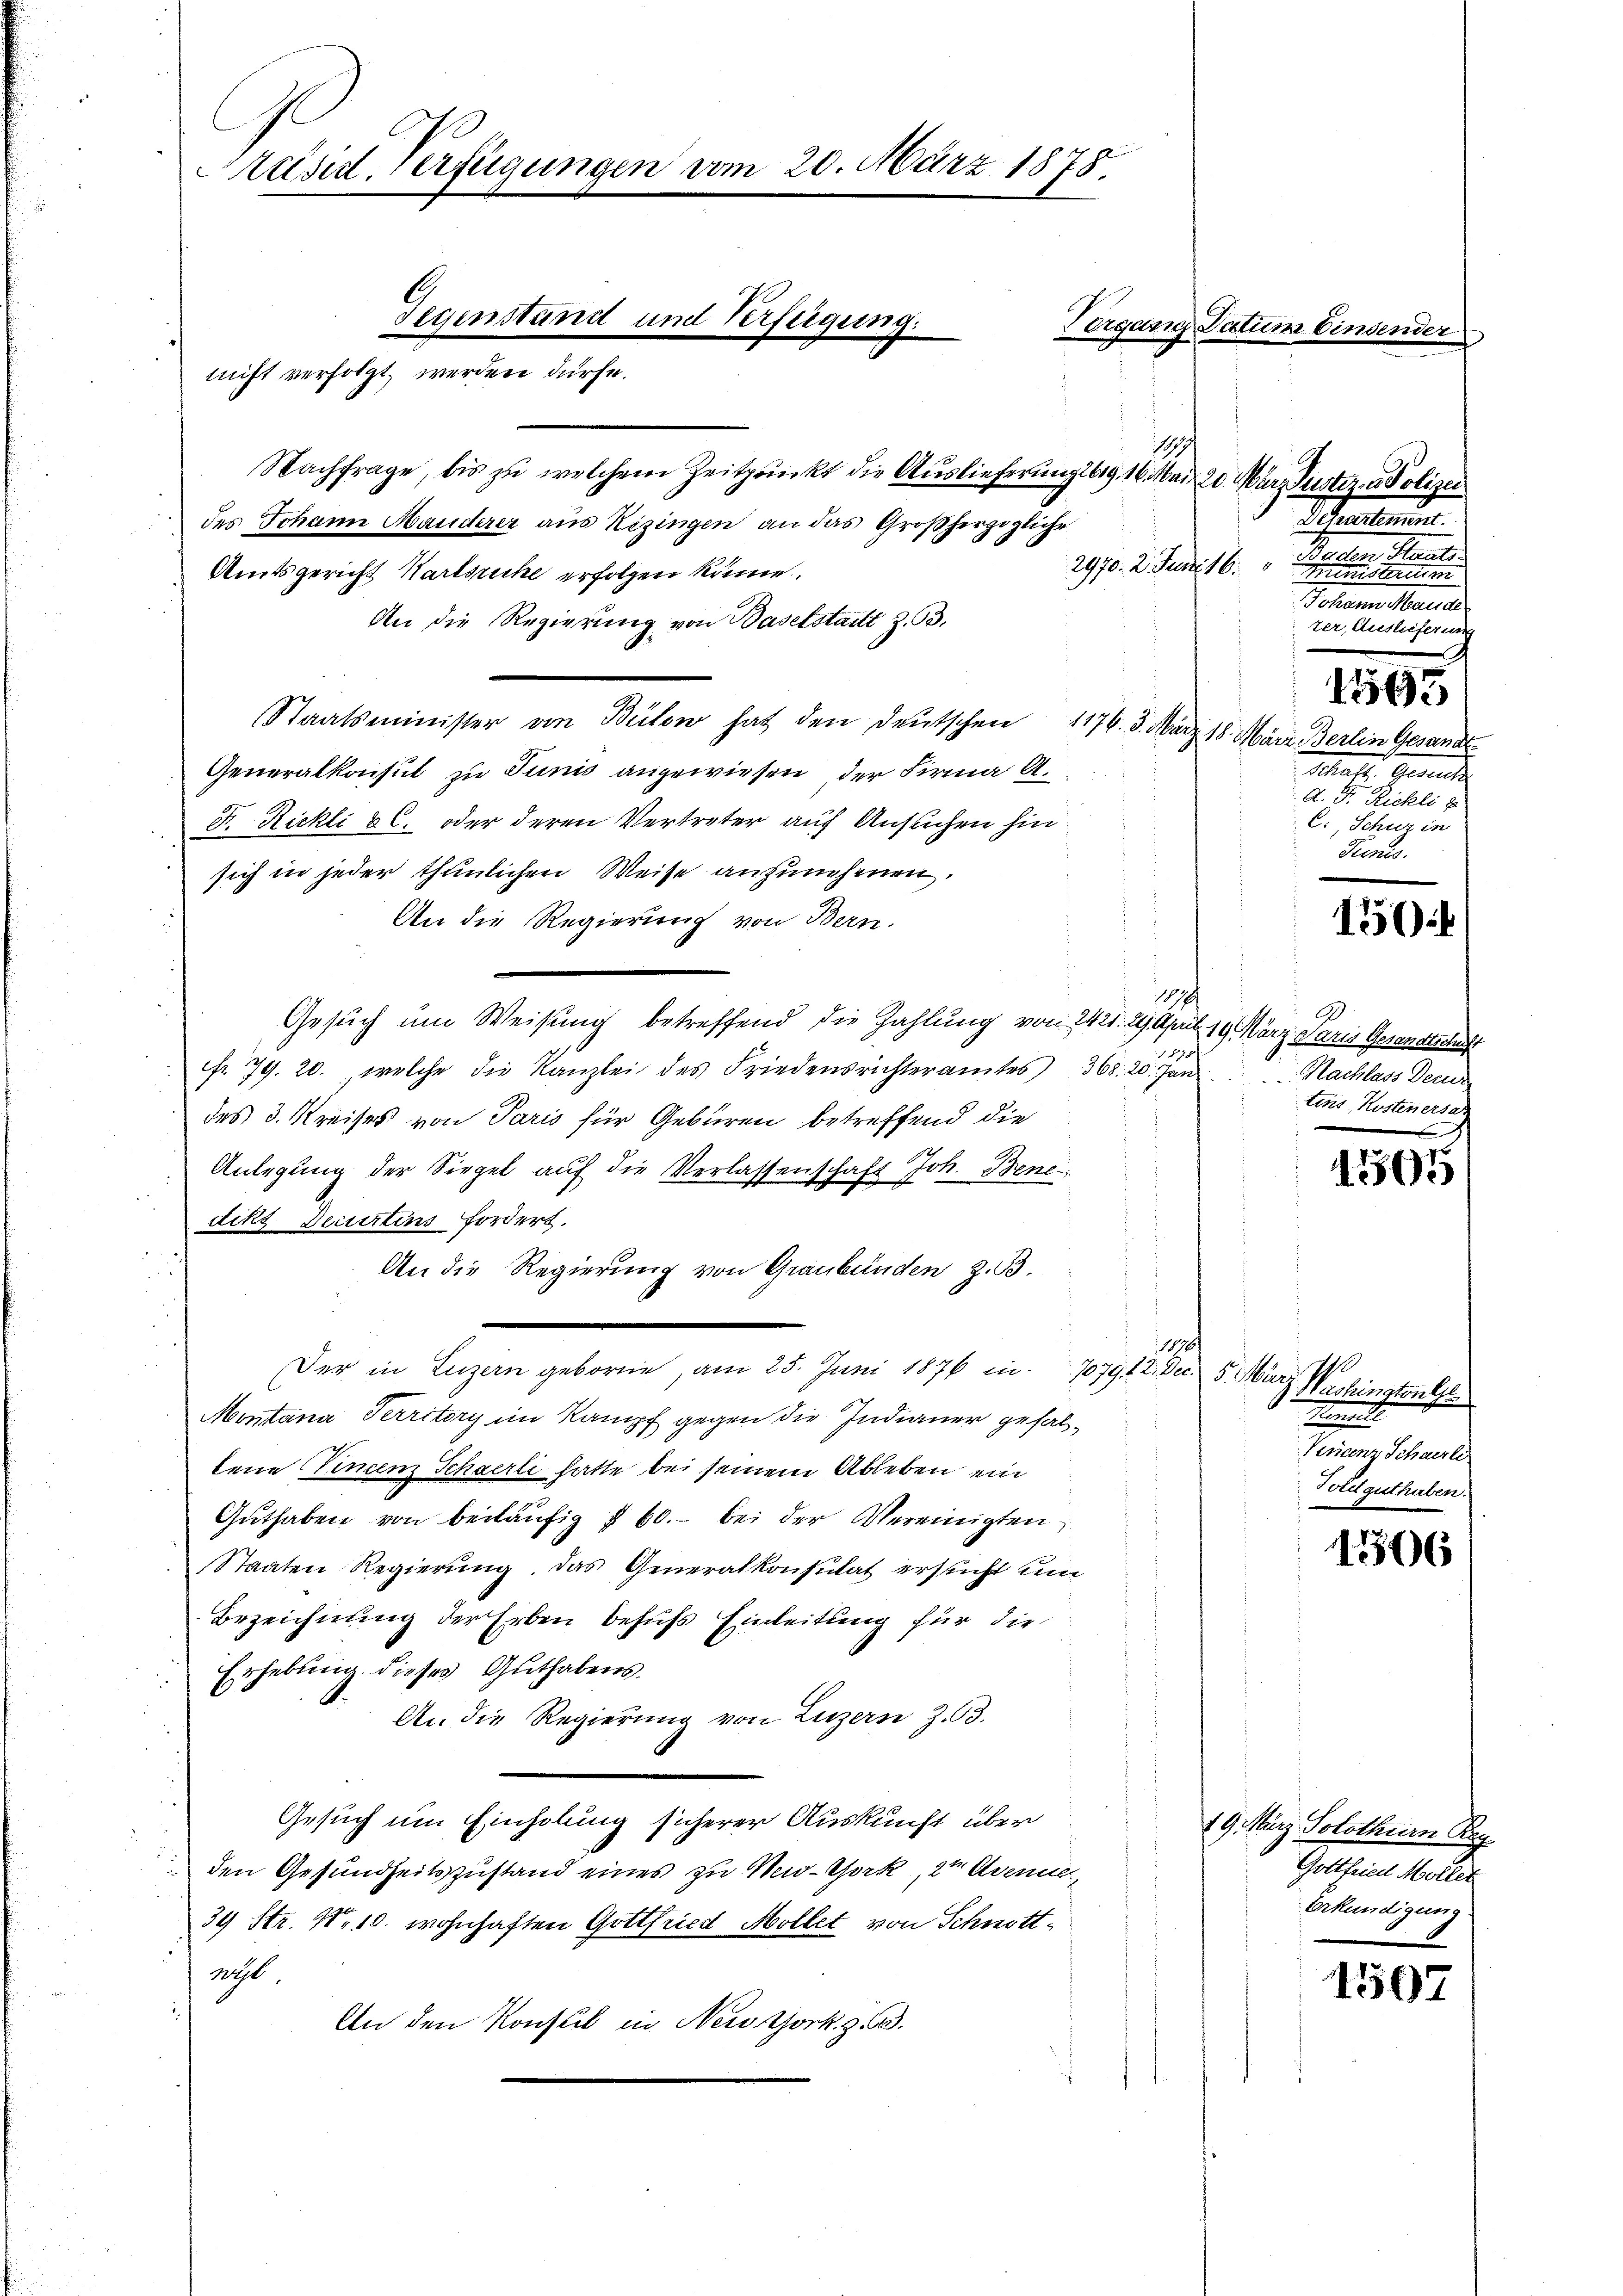
äsid. Verfügungen vom 20. März 1878.
Gegenstand und Verfeigung.
Vergang Datum Einsender
nicht verfolgt werden dürfe.

Nachfrage, bis zu welchem Zeitpunkt die Auslieferung lag. 16. Mai 20. März Justiz u. Polizei
des Johann Manderer aus Rezingen an das Großherzogliche
Amtsgericht Karlsruhe erfolgen könne.
An die Regierung von Baselstadt Z. 33.
Staatsminister von Bülow hat den Deutschen 1176. 3. März 18. März Berlin Gesandt
Generalkonsul zu Junis angewiesen, der Firma A.
F. Rickli & C. oder deren Vertreter auf Ansuchen hinsich in jeder thunlichen Weise anzunehmen.
An die Regierung von Bern.
107
Gesuch um Weisung betreffend die Zahlung von 2421. 29. April 19. März daris Gesandtschaft
1818
fr. 79. 20. welche die Kanzlei des Friedensrichteramtes 368. 20. Jan
des 3. Kreises von Paris für Gebären betreffend die
Anlegung der Siegel auf die Verlassenschaft Joh. Benedikt Decirtens fordert.
An die Regierung von Graubünden z. B.
1876/
Der in Luzern geborne, am 25. Juni 1876 in 1079. 12. Dec. 5. März. Washingtonte
Montana Territory im Kampf gegen die Indianer gefallene Vincenz Schaerli hatte bei seinem Ableben ein
Gŭthaben von beiläufig § 60. bei der Vereinigten
Staaten Regierung, das Generalkonsulat ersucht um
Bezeichnung der Erben behufs Einleitung für die
Erhebung dieses Guthabens.
An die Regierung von Luzern Z. 63.
Gesuch um Einholung sicherer Auskunft über
den Gesundheitszustand eines zu New-York, 2te Avenue,
39 Str. No 10. wohnhaften Gottfried Mollet von Schnottalst.
An den Konsul in Neustark. z. B.

1919

Departement.
2970. 2. Juni 16. Baden Staats
Ministeritim
Johann Mauer
ter, Auslieferung
1595
Mater Gesandte
A. F. Richli zu
C. Schuz in
Frenes.

150

2
Nachlass Dezur
Eine Kostenversag

1505

h
Memette
Finanz Schwerli
Foldguthaben.

1766

19. März Solothurn Reg
Gottfried Mollet
Verkündigung.

1507